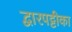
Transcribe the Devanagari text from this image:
द्वारपट्टीका